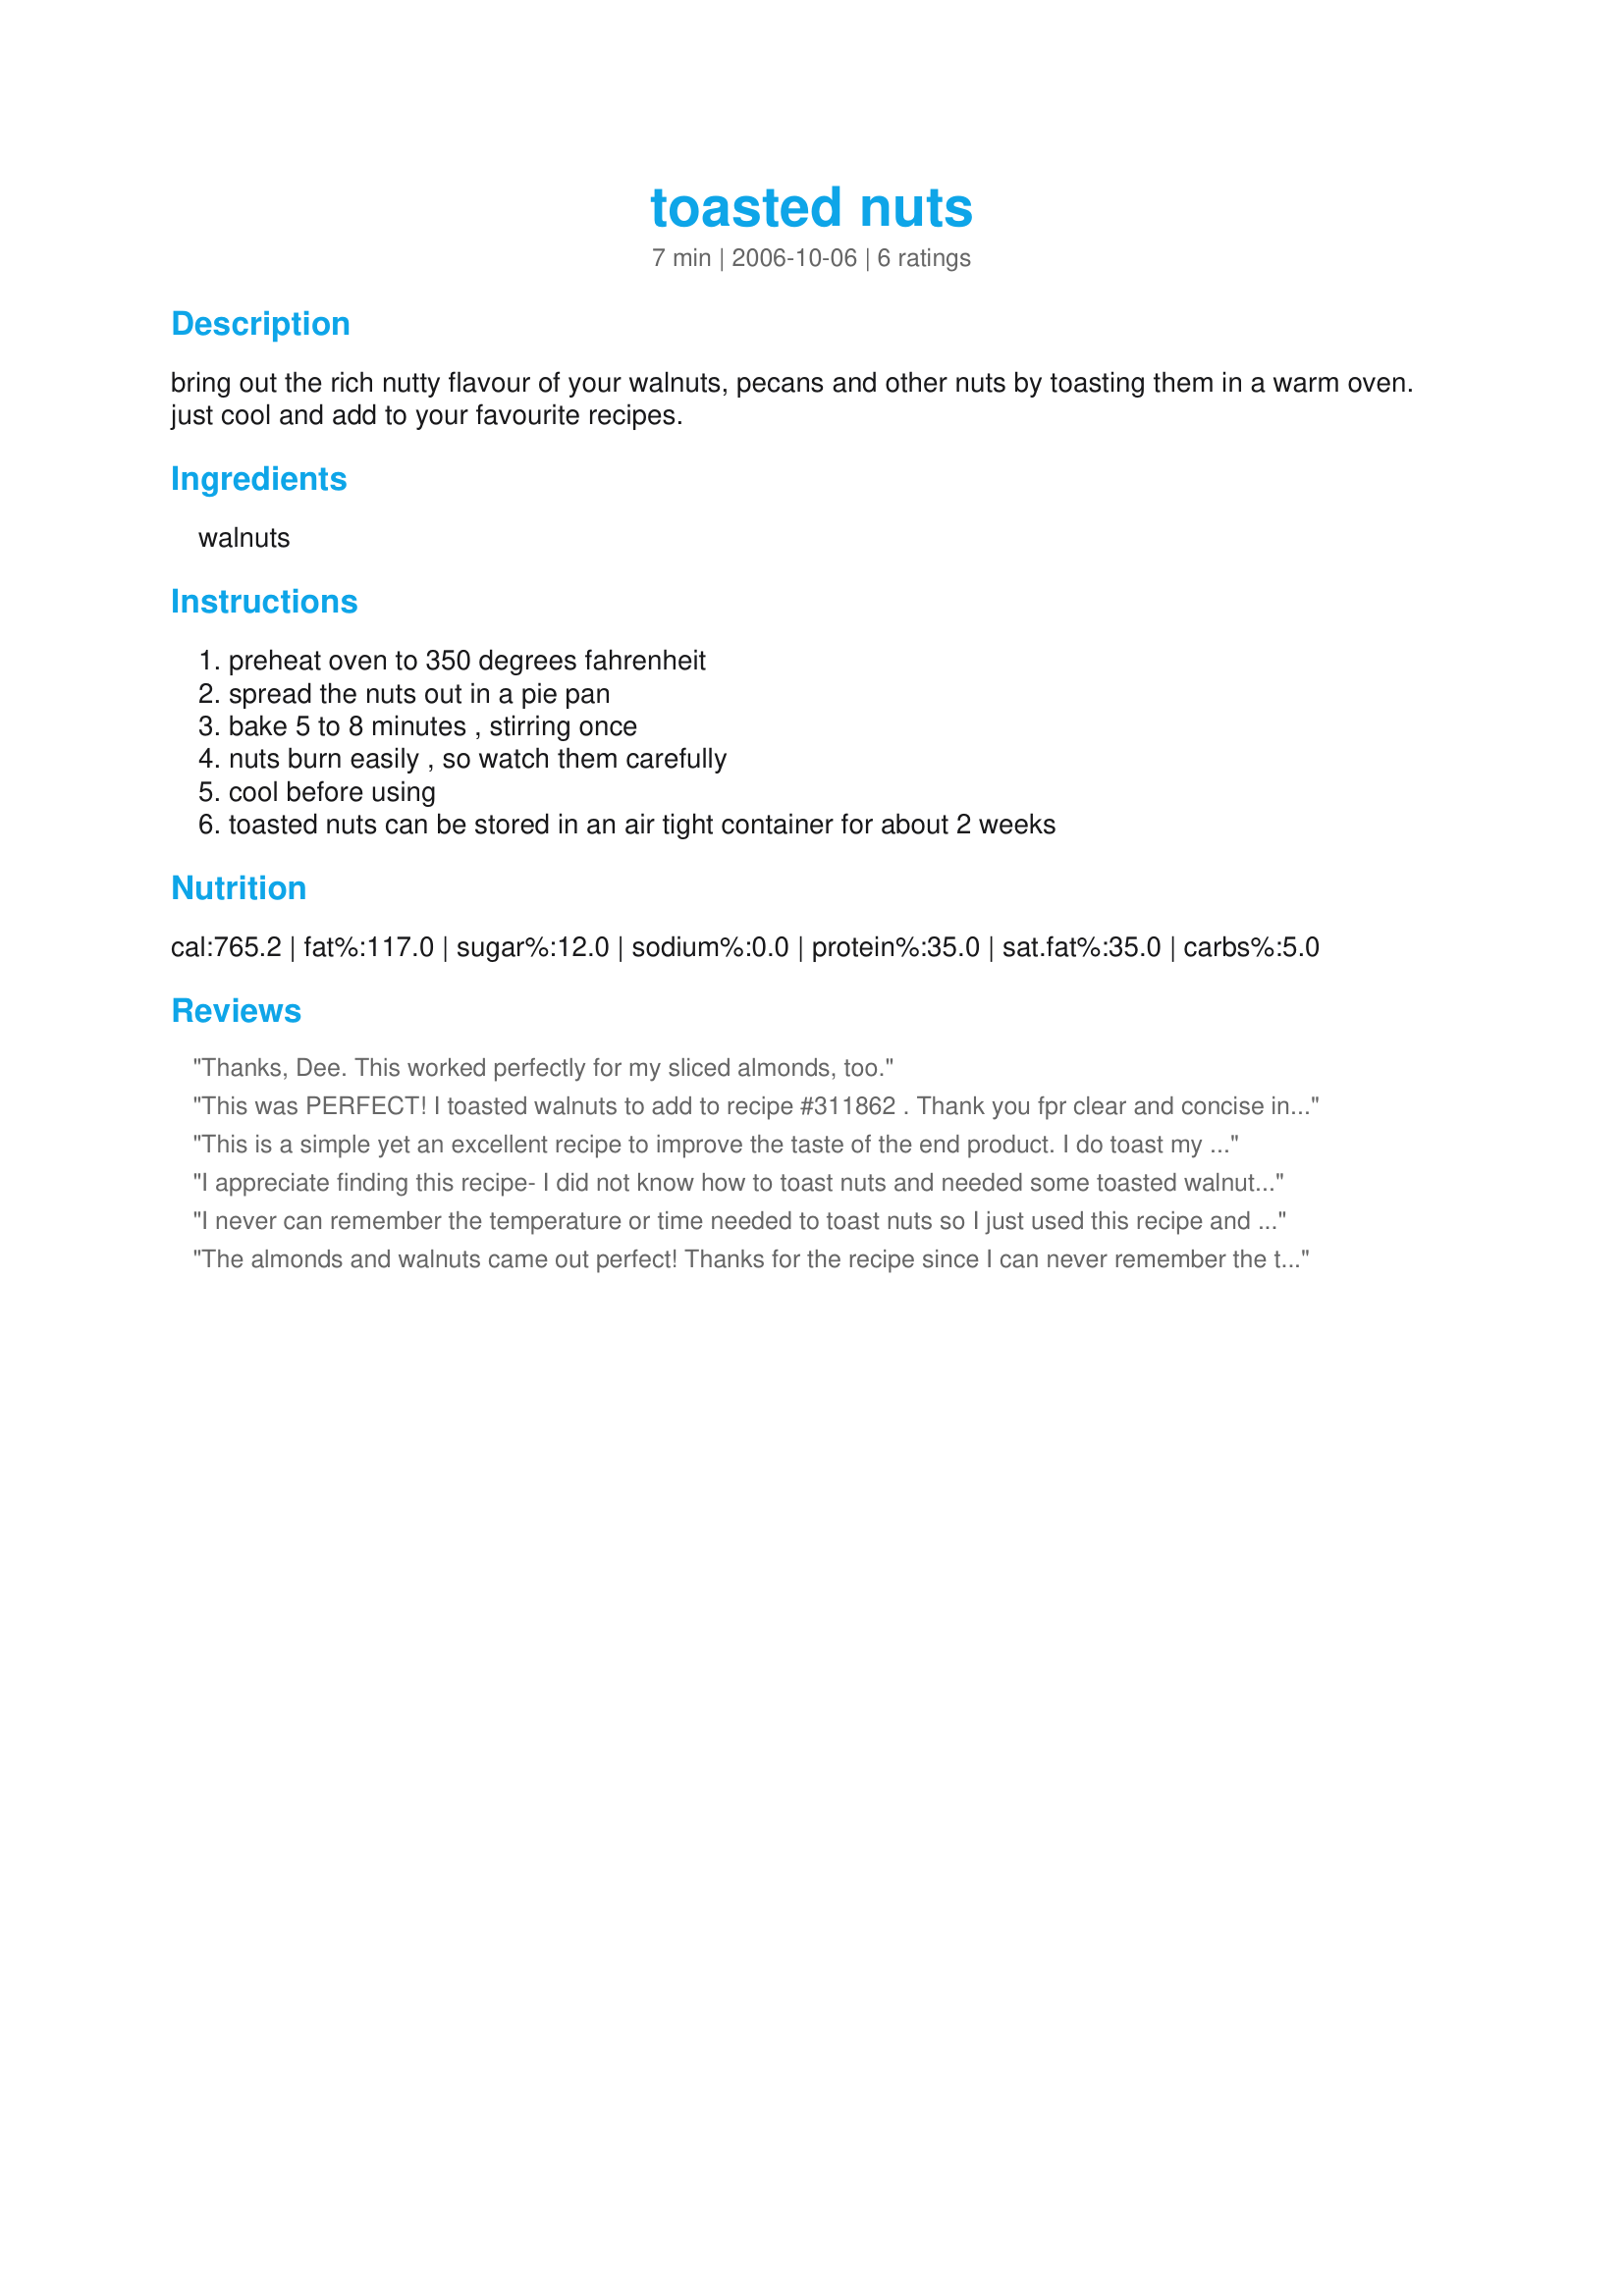
toasted nuts
Preparation time: 7 minutes

bring out the rich nutty flavour of your walnuts, pecans and other nuts by toasting them in a warm oven. just cool and add to your favourite recipes.

Ingredients:
walnuts

Steps:
preheat oven to 350 degrees fahrenheit, spread the nuts out in a pie pan, bake 5 to 8 minutes , stirring once, nuts burn easily , so watch them carefully, cool before using, toasted nuts can be stored in an air tight container for about 2 weeks

Reviews:
Thanks, Dee. This worked perfectly for my sliced almonds, too.
This was PERFECT! I toasted walnuts to add to recipe #311862 . Thank you fpr clear and concise instructions. It certainly was helpful!
This is a simple yet an excellent recipe to improve the taste of the end product. I do toast my nuts and yes, nuts burn easily so you must watch them very carefully (See Step 4).
I appreciate finding this recipe- I did not know how to toast nuts and needed some toasted walnuts for a fudge recipe.
I never can remember the temperature or time needed to toast nuts so I just used this recipe and saved it to my cookbook for future use. They came out absolutely perfect! Thanks for posting, Dee.
The almonds and walnuts came out perfect! Thanks for the recipe since I can never remember the time and temperature to toast nuts.
